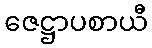
ဇေဋ္ဌာပစာယီ